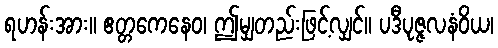
ရဟန်းအား။ ဧတ္တကေနေဝ၊ ဤမျှတည်းဖြင့်လျှင်။ ပဒီပုဇ္ဇလနံဝိယ၊